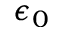
\epsilon _ { 0 }